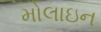
મોલાઇન